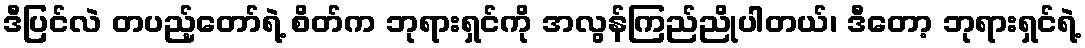
ဒီပြင်လဲ တပည့်တော်ရဲ့ စိတ်က ဘုရားရှင်ကို အလွန်ကြည်ညိုပါတယ်၊ ဒီတော့ ဘုရားရှင်ရဲ့